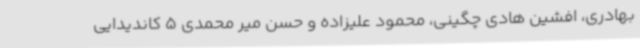
بهادری، افشین هادی چگینی، محمود علیزاده و حسن میر محمدی 5 کاندیدایی